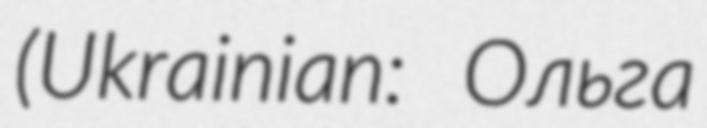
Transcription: (Ukrainian: Ольга